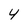
Character: 4